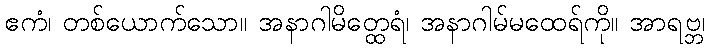
ဧကံ၊ တစ်ယောက်သော။ အနာဂါမိတ္ထေရံ၊ အနာဂါမ်မထေရ်ကို။ အာရဗ္ဘ၊